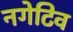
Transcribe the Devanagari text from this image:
नगेटिव